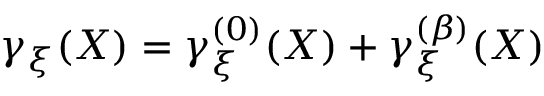
\gamma _ { \xi } ( X ) = \gamma _ { \xi } ^ { ( 0 ) } ( X ) + \gamma _ { \xi } ^ { ( \beta ) } ( X )